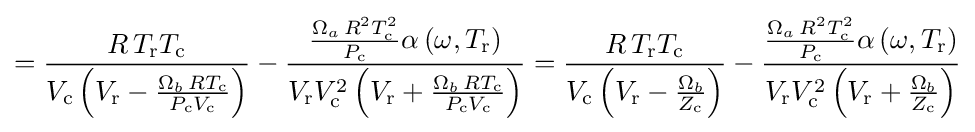
={\frac {R\,T_{\text{r}}T_{\text{c}}}{V_{\text{c}}\left(V_{\text{r}}-{\frac {\Omega _{b}\,RT_{\text{c}}}{P_{\text{c}}V_{\text{c}}}}\right)}}-{\frac {{\frac {\Omega _{a}\,R^{2}T_{\text{c}}^{2}}{P_{\text{c}}}}\alpha \left(\omega ,T_{\text{r}}\right)}{V_{\text{r}}V_{\text{c}}^{2}\left(V_{\text{r}}+{\frac {\Omega _{b}\,RT_{\text{c}}}{P_{\text{c}}V_{\text{c}}}}\right)}}={\frac {R\,T_{\text{r}}T_{\text{c}}}{V_{\text{c}}\left(V_{\text{r}}-{\frac {\Omega _{b}}{Z_{\text{c}}}}\right)}}-{\frac {{\frac {\Omega _{a}\,R^{2}T_{\text{c}}^{2}}{P_{\text{c}}}}\alpha \left(\omega ,T_{\text{r}}\right)}{V_{\text{r}}V_{\text{c}}^{2}\left(V_{\text{r}}+{\frac {\Omega _{b}}{Z_{\text{c}}}}\right)}}